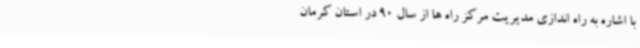
با اشاره به راه اندازی مدیریت مرکز راه ها از سال 90 در استان کرمان